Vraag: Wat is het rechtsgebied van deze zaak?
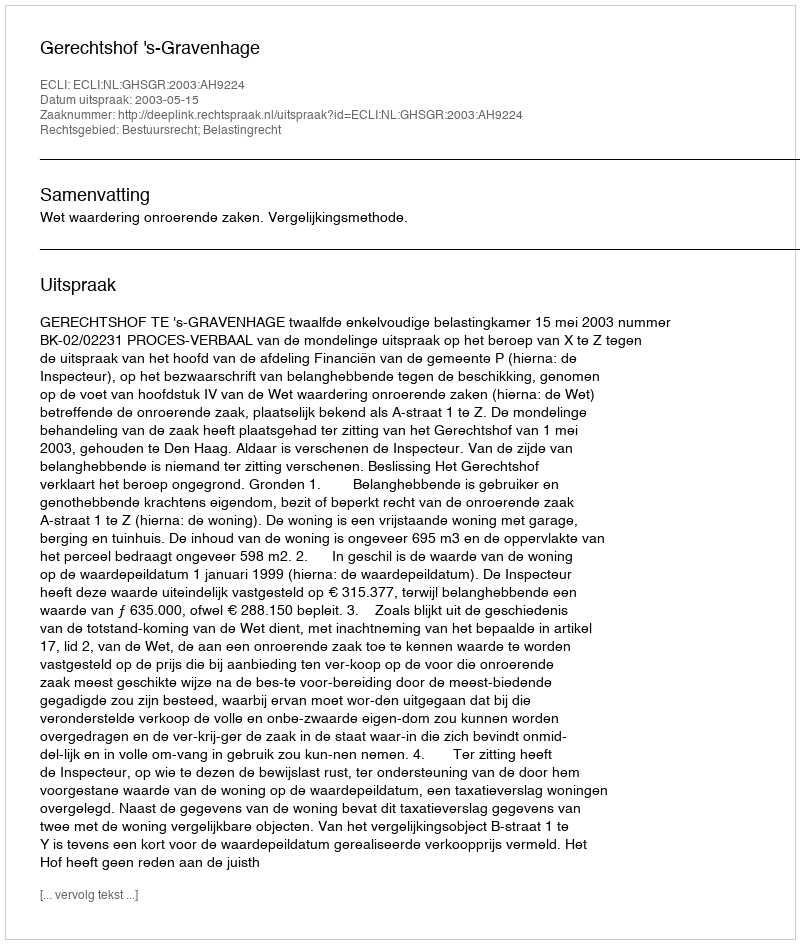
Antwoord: Bestuursrecht; Belastingrecht